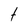
Character: t